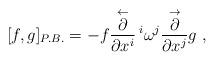
LaTeX: \begin{align*}[f,g]_{P.B.}=-f \displaystyle\frac{\stackrel{\leftarrow}{\partial}}{\partial x^{i}}\,^i\omega^j \displaystyle\frac{\stackrel{\rightarrow}{\partial}}{\partial x^{j}}g~,\end{align*}